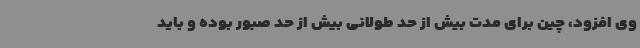
وی افزود، چین برای مدت بیش از حد طولانی بیش از حد صبور بوده و باید